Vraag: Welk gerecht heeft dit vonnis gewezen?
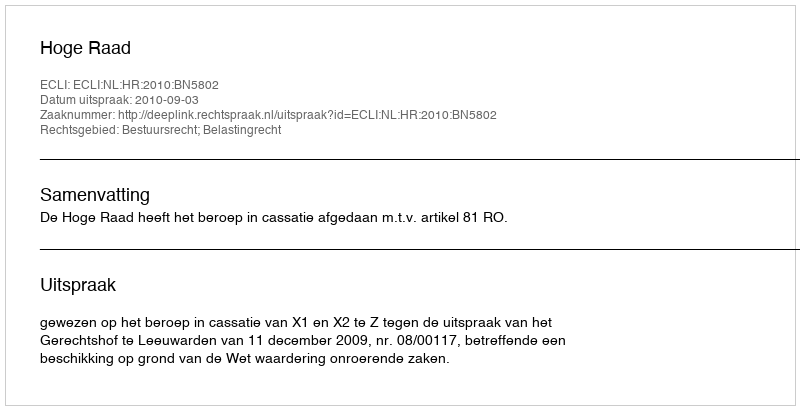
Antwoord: Hoge Raad